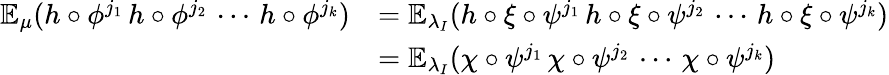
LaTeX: \begin{array}{rl}{{\mathbb{E}}_{\mu}(h\circ\phi^{j_{1}}\, h\circ\phi^{j_{2}}\, \cdots\, h\circ\phi^{j_{k}})}&{={\mathbb{E}}_{\lambda_{I}}(h\circ\xi\circ\psi^{j_{1}}\, h\circ\xi\circ\psi^{j_{2}}\, \cdots\, h\circ\xi\circ\psi^{j_{k}})}\\ &{={\mathbb{E}}_{\lambda_{I}}(\chi\circ\psi^{j_{1}}\, \chi\circ\psi^{j_{2}}\, \cdots\, \chi\circ\psi^{j_{k}})}\end{array}